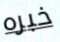
خبره